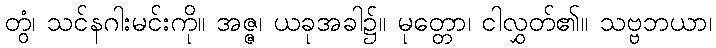
တွံ၊ သင်နဂါးမင်းကို။ အဇ္ဇ၊ ယခုအခါ၌။ မုတ္တော၊ ငါလွှတ်၏။ သဗ္ဗဘယာ၊